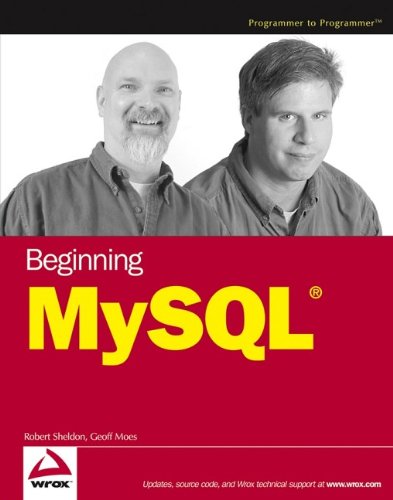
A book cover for Beginning MySQL; Robert Sheldon; Computers & Technology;